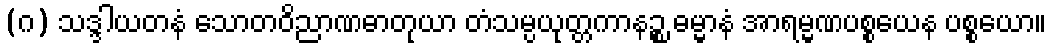
(ဂ) သဒ္ဒါယတနံ သောတဝိညာဏဓာတုယာ တံသမ္ပယုတ္တကာနဉ္စ ဓမ္မာနံ အာရမ္မဏပစ္စယေန ပစ္စယော။